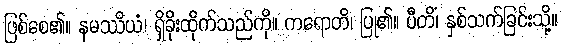
ဖြစ်စေ၏။ နမဿိယံ၊ ရှိခိုးထိုက်သည်ကို။ ကရောတိ၊ ပြု၏။ ပီတိံ၊ နှစ်သက်ခြင်းသို့။